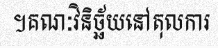
។គណៈវិនិច្ឆ័យនៅតុលការ